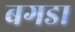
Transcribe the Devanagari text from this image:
बगडा